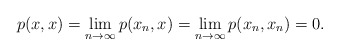
\begin{align*}p(x,x)=\lim_{n\to\infty}p(x_n,x)=\lim_{n\to\infty}p(x_n,x_n)=0.\end{align*}